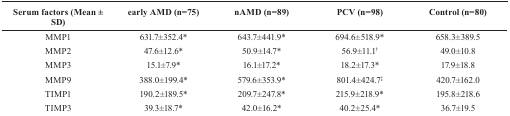
<table><thead><tr><td><b>Serum factors (Mean ± SD)</b></td><td><b>early AMD (n=75)</b></td><td><b>nAMD (n=89)</b></td><td><b>PCV (n=98)</b></td><td><b>Control (n=80)</b></td></tr></thead><tbody><tr><td>MMP1</td><td>631.7±352.4*</td><td>643.7±441.9*</td><td>694.6±518.9*</td><td>658.3±389.5</td></tr><tr><td>MMP2</td><td>47.6±12.6*</td><td>50.9±14.7*</td><td>56.9±11.1<sup>†</sup></td><td>49.0±10.8</td></tr><tr><td>MMP3</td><td>15.1±7.9*</td><td>16.1±17.2*</td><td>18.2±17.3*</td><td>17.9±18.8</td></tr><tr><td>MMP9</td><td>388.0±199.4*</td><td>579.6±353.9*</td><td>801.4±424.7<sup>‡</sup></td><td>420.7±162.0</td></tr><tr><td>TIMP1</td><td>190.2±189.5*</td><td>209.7±247.8*</td><td>215.9±218.9*</td><td>195.8±218.6</td></tr><tr><td>TIMP3</td><td>39.3±18.7*</td><td>42.0±16.2*</td><td>40.2±25.4*</td><td>36.7±19.5</td></tr></tbody></table>